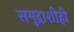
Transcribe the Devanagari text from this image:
समुद्राशीही